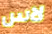
لاس